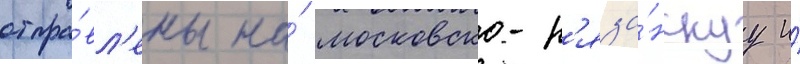
отпра́вл'ены на́ московско-р'яза́нскуу и́